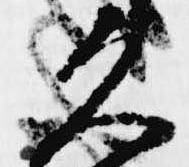
久